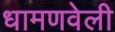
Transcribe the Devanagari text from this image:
धामणवेली